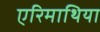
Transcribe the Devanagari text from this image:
एरिमाथिया